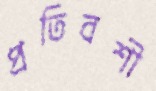
প্রতিবশী